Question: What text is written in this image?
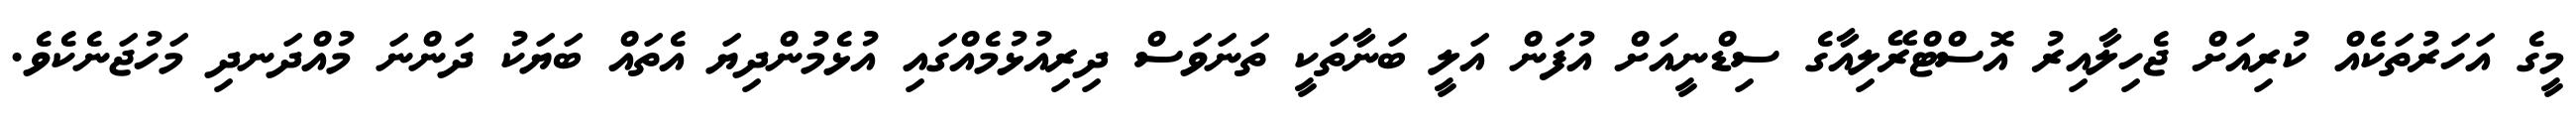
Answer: މީގެ އަހަރުތަކެއް ކުރިއަށް ޖެހިލާއިރު އޮސްޓްރޭލިއާގެ ސިޑްނީއަށް އުފަން އަލީ ބަނާތަކީ ތަނަވަސް ދިރިއުޅުމެއްގައި އުޅެމުންދިޔަ އެތައް ބަޔަކު ދަންނަ މުއްދަނދި މަހުޖަނެކެވެ.